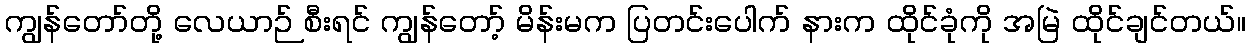
ကျွန်တော်တို့ လေယာဉ် စီးရင် ကျွန်တော့် မိန်းမက ပြတင်းပေါက် နားက ထိုင်ခုံကို အမြဲ ထိုင်ချင်တယ်။